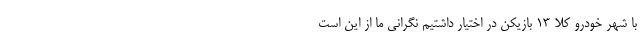
با شهر خودرو کلاً ۱۳ بازیکن در اختیار داشتیم نگرانی ما از این است